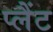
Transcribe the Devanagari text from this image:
प्लैंट